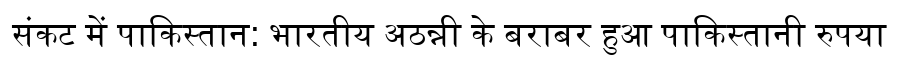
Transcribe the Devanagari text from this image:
संकट में पाकिस्तान: भारतीय अठन्नी के बराबर हुआ पाकिस्तानी रुपया